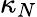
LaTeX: \kappa_{N}